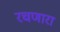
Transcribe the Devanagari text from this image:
रचणारा